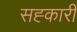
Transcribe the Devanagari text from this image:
सह्कारी